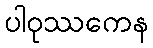
ပါဝုဿကေန